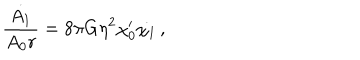
{ \frac { \dot { A _ { 1 } } } { A _ { 0 } r } } = 8 \pi G \eta ^ { 2 } \chi _ { 0 } ^ { \prime } \dot { \chi _ { 1 } } \, ,